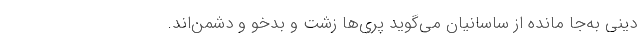
دینی به‌جا مانده از ساسانیان می‌گوید پری‌ها زشت و بدخو و دشمن‌اند.